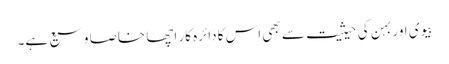
بیوی اور بہن کی حیثیت سے بھی اس کا دائرہ کار اچھا خاصا وسیع ہے۔